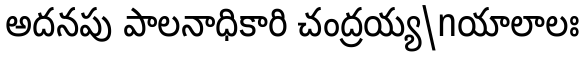
అదనపు పాలనాధికారి చంద్రయ్య\nయాలాలః